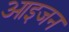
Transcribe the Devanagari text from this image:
आइजन